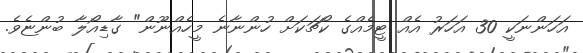
އަހަންނަކީ 30 އަހަރު އެއް ޓީމެއްގެ ކޯޗަކަށް ހުންނާނެ މީހެއްނޫން" ގާޑިއޯލާ ބުންޏެވެ.